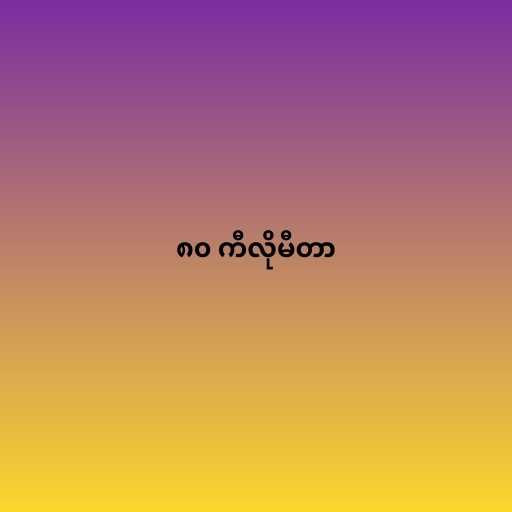
၈၀ ကီလိုမီတာ